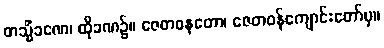
တသ္မိံခဏေ၊ ထိုခဏ၌။ ဇေတဝနတော၊ ဇေတဝန်ကျောင်းတော်မှ။